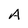
Character: A